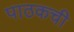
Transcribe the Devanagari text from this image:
पाठकची